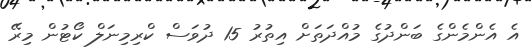
އެ އެންމެންގެ ބަންދުގެ މުއްދަތަށް އިތުރު 15 ދުވަސް ކްރިމިނަލް ކޯޓުން މިރޭ